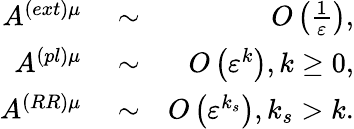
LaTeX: \begin{array}{rlr}{A^{\left(ext\right)\mu}}&{{}\sim}&{O\left(\frac{1}{\varepsilon}\right),}\\ {A^{\left(pl\right)\mu}}&{{}\sim}&{O\left(\varepsilon^{k}\right),k\geq 0,}\\ {A^{\left(RR\right)\mu}}&{{}\sim}&{O\left(\varepsilon^{k_{s}}\right),k_{s}>k.}\end{array}